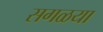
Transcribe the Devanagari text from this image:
सगळया